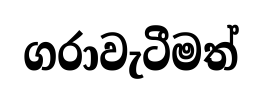
ගරාවැටීමත්